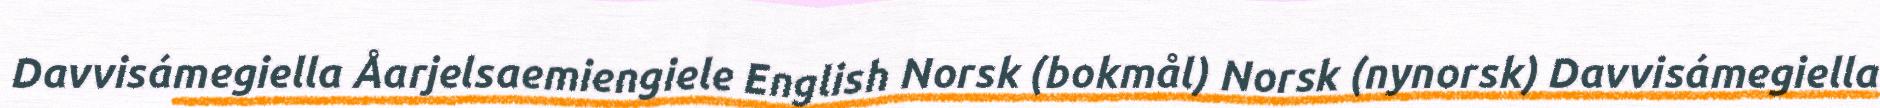
Davvisámegiella Åarjelsaemiengiele English Norsk (bokmål) Norsk (nynorsk) Davvisámegiella